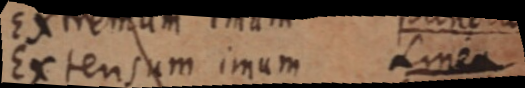
Extensum imum Linea